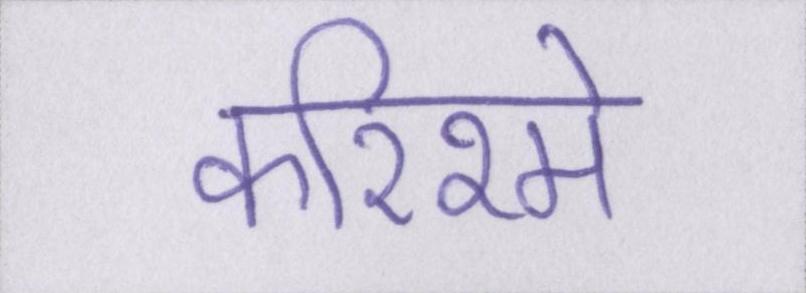
करिश्मे